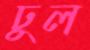
ঢুল